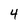
Character: 4